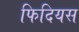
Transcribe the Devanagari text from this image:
फिदियस